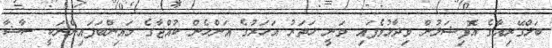
ބަލްގޭރިއާގެ އޮފިޝަލުން ވިދާޅުވެފައި ވަނީ ހަތަރު އަހަރުގެ އަންހެން ކުއްޖާގެ މައިންބަފައިންނަކީ ސާޝާ